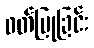
ဝတ်ပြုခြင်း